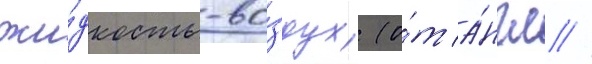
жи́дкость-во́здух (о́т а́нгл //